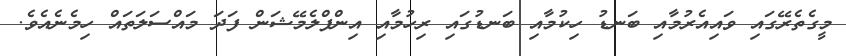
މީގެތެރޭގައި ވައިއެރުމާއި ބަނޑު ހިކުމާއި ބަނޑުގައި ރިހުމާއި އިންފްލެމޭޝަން ފަދަ މައްސަލަތައް ހިމެނެއެވެ.